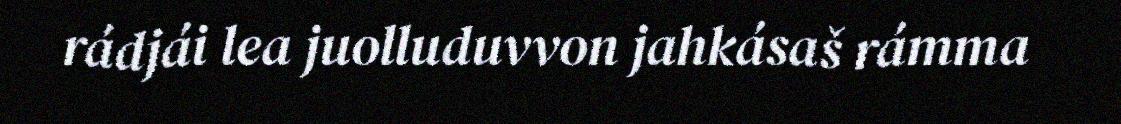
rádjái lea juolluduvvon jahkásaš rámma